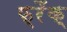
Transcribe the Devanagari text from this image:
फ्रैंक्